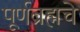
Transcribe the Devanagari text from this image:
पूर्णब्रह्मचे